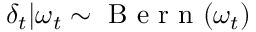
\delta _ { t } | \omega _ { t } \sim \mathrm { ~ B ~ e ~ r ~ n ~ } ( \omega _ { t } )